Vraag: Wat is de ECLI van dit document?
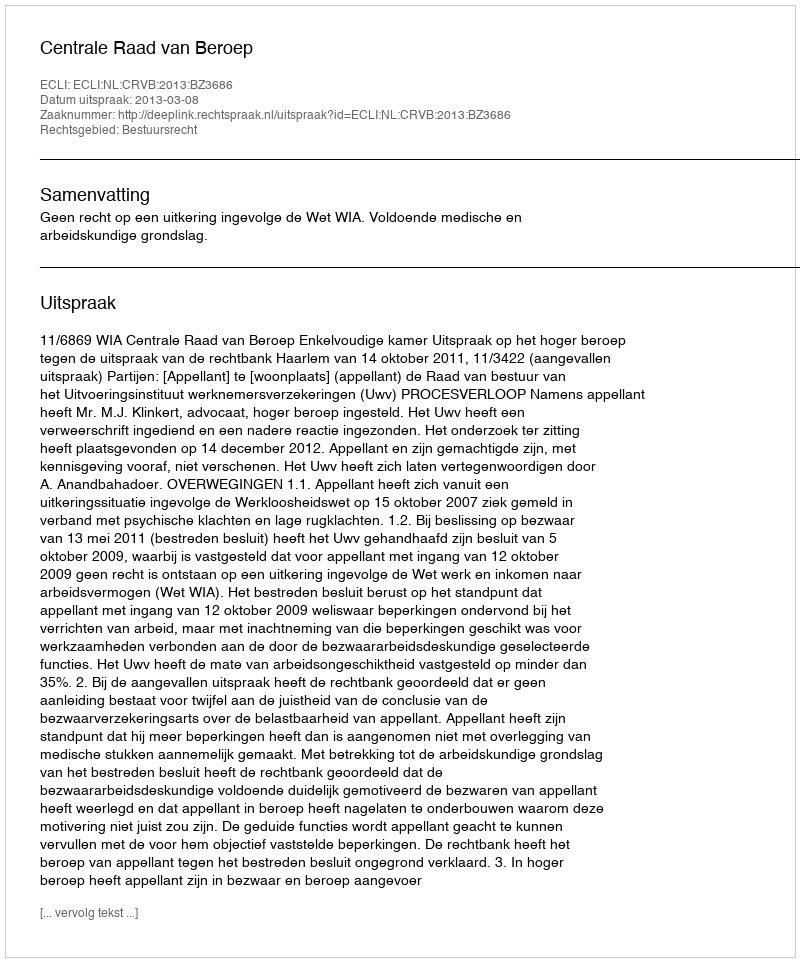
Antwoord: ECLI:NL:CRVB:2013:BZ3686